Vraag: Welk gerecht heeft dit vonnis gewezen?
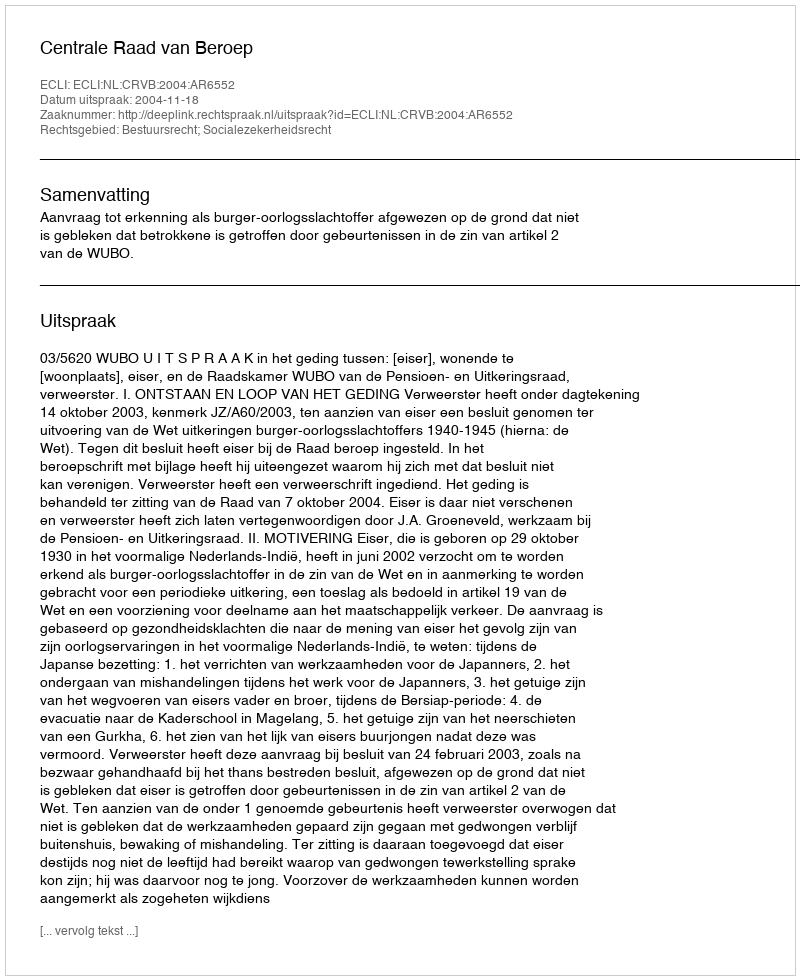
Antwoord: Centrale Raad van Beroep